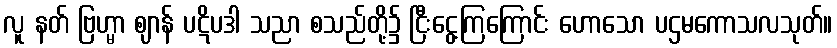
လူ နတ် ဗြဟ္မာ ဈာန် ပဋိပဒါ သညာ စသည်တို့၌ ငြီးငွေ့ကြကြောင်း ဟောသော ပဌမကောသလသုတ်။